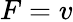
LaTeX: F=v